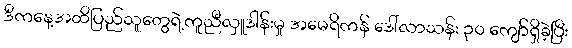
ဒီကနေ့အထိပြည်သူတွေရဲ့ကူညီလှူဒါန်းမှု အမေရိကန် ဒေါ်လာသန်း ၃၀ ကျော်ရှိခဲ့ပြီး